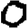
Digit: 0